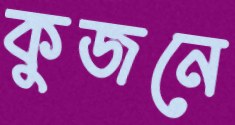
কুজনে